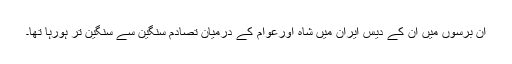
ان برسوں میں ان کے دیس ایران میں شاہ اورعوام کے درمیان تصادم سنگین سے سنگین تر ہورہا تھا۔